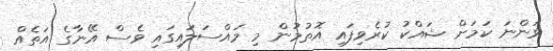
ވަންނަ ކަމަށް ޝައްކު ކުރެވިފައި އޮތުމުން މި މައްސަލައިގައި ވެސް އޭނާގެ އަތެއް